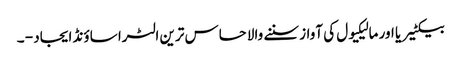
بیکٹیریا اور مالیکیول کی آواز سننے والا حساس ترین الٹرا ساؤنڈ ایجاد - ۔